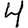
Digit: 4